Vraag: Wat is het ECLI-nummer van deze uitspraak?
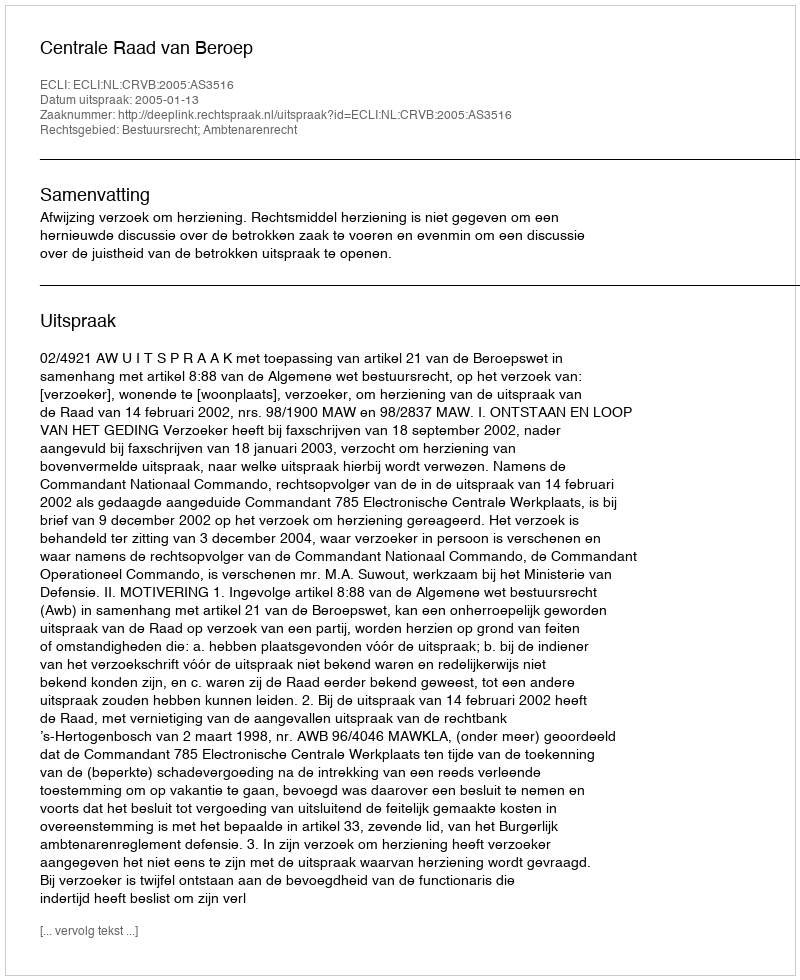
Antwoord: ECLI:NL:CRVB:2005:AS3516